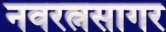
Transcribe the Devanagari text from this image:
नवरत्नसागर